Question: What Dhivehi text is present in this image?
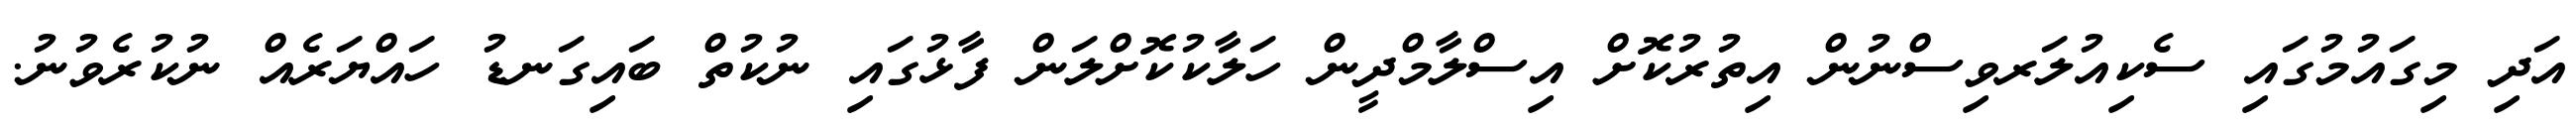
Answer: އަދި މިގައުމުގައި ސެކިއުލަރވިސްނުން އިތުރުކޮށް އިސްލާމްދީން ހަލާކުކޮށްލަން ފާޅުގައި ނުކުތް ބައިގަނޑު ހައްޔަރެއް ނުކުރެވުނު.